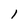
Character: 1